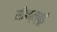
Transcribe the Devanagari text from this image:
सीडब्ल्यूई